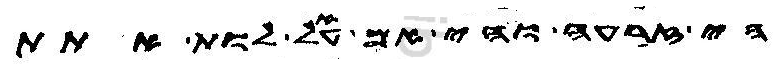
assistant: הי זרעה והי אם עאל לות אתת